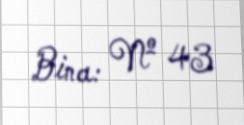
Bina: № 43